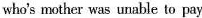
who's mother was unable to pay for